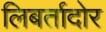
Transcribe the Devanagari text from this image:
लिबर्तादोर